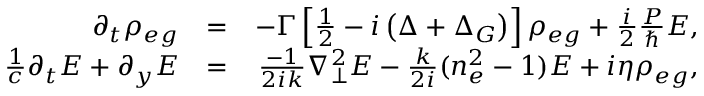
\begin{array} { r l r } { \partial _ { t } { \rho _ { e g } } } & { = } & { - \Gamma \left[ \frac { 1 } { 2 } - i \left( \Delta + \Delta _ { G } \right) \right] \rho _ { e g } + \frac { i } { 2 } \frac { P } { \hbar } E , } \\ { \frac { 1 } { c } \partial _ { t } E + \partial _ { y } E } & { = } & { \frac { - 1 } { 2 i k } \nabla _ { \perp } ^ { 2 } E - \frac { k } { 2 i } ( n _ { e } ^ { 2 } - 1 ) E + i \eta \rho _ { e g } , } \end{array}